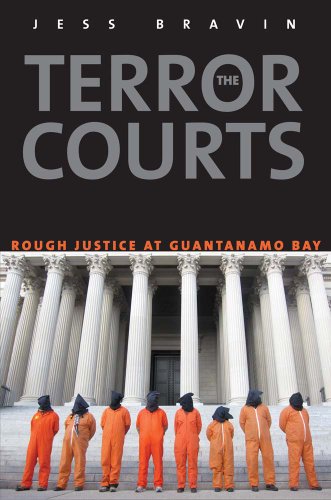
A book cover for The Terror Courts: Rough Justice at Guantanamo Bay; Jess Bravin; Law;